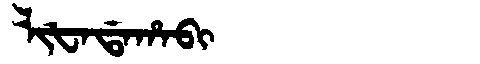
Manchu: ᠯᡳᡶᠠᡩᠠᡥᠠᠪᡳ
Romanization: LIFADAHABI